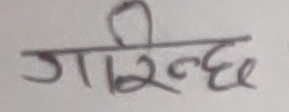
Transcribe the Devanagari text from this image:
गरिन्छ